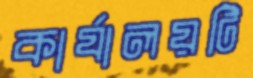
কার্যালয়টি